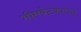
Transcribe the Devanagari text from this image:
भीमबेटकाच्या